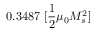
0 . 3 4 8 7 \; [ \frac { 1 } { 2 } \mu _ { 0 } M _ { s } ^ { 2 } ]